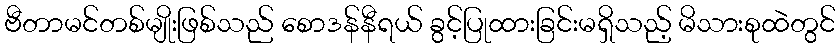
ဗီတာမင်တစ်မျိုးဖြစ်သည် စောဒန်နီရယ် ခွင့်ပြုထားခြင်းမရှိသည့် မိသားစုထဲတွင်